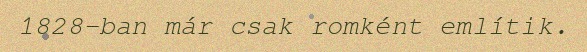
1828-ban már csak romként említik.